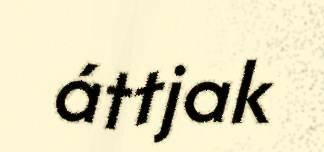
áttjak